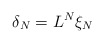
\begin{align*} \delta_N = L^N \xi_N\end{align*}